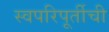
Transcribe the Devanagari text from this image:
स्वपरिपूर्तीची